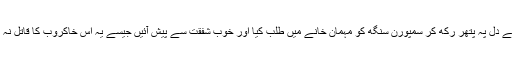
مہاجرین کو یقین دلانے کے بعد نواب بیگم نے دل پہ پتھر رکھ کر سمپورن سنگھ کو مہمان خانے میں طلب کیا اور خوب شفقت سے پیش آئیں جیسے یہ اس خاکروب کا قاتل نہ ہو بلکہ بیگم صاحب کا عزیز ترین مہمان ہو۔